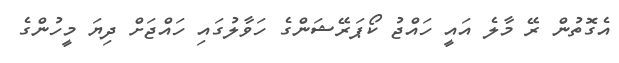
އެގޮތުން ރޭ މާލެ އައީ ހައްޖު ކޯޕަރޭޝަންގެ ހަވާލުގައި ހައްޖަށް ދިޔަ މީހުންގެ